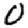
Digit: 0